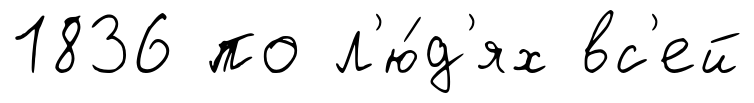
1836 по л'ю́д'ях вс'ей